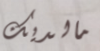
مالديك